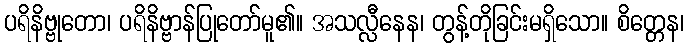
ပရိနိဗ္ဗုတော၊ ပရိနိဗ္ဗာန်ပြုတော်မူ၏။ အသလ္လီနေန၊ တွန့်တိုခြင်းမရှိသော။ စိတ္တေန၊